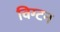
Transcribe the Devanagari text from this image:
विग्टन